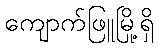
ကျောက်ဖြူမြို့ရှိ